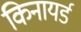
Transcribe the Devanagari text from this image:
किनायर्ड